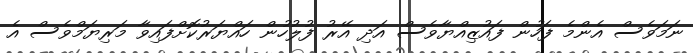
ނަމަވެސް އެންމެ ފަހުން ފައުޒިއްޔާވެސް އަދި އޭރު ފުލުުހުން ހައްޔަރުކޮށްފައިވާ މަރިޔަމްވެސް އެ